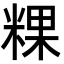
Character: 粿